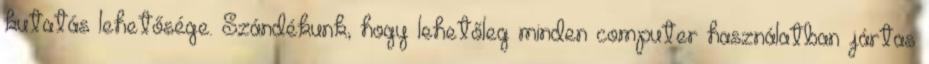
kutatás lehetősége. Szándékunk, hogy lehetőleg minden computer használatban jártas